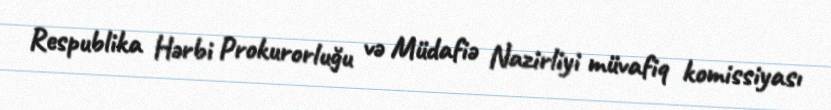
Respublika Hərbi Prokurorluğu və Müdafiə Nazirliyi müvafiq komissiyası